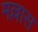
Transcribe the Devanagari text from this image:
मल्लास